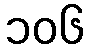
၁၀၆